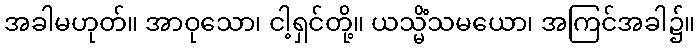
အခါမဟုတ်။ အာဝုသော၊ ငါ့ရှင်တို့။ ယသ္မိံသမယော၊ အကြင်အခါ၌။